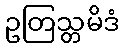
ဥတြသ္တမိဒံ